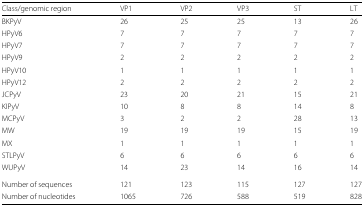
| Class/genomic region | VP1 | VP2 | VP3 | ST | LT |
 | --- | --- | --- | --- | --- | --- |
 | BKPyV | 26 | 25 | 25 | 13 | 26 |
 | HPyV6 | 7 | 7 | 7 | 7 | 7 |
 | HPyV7 | 7 | 7 | 7 | 7 | 7 |
 | HPyV9 | 2 | 2 | 2 | 2 | 2 |
 | HPyV10 | 1 | 1 | 1 | 1 | 1 |
 | HPyV12 | 2 | 2 | 2 | 2 | 2 |
 | JCPyV | 23 | 20 | 21 | 15 | 21 |
 | KIPyV | 10 | 8 | 8 | 14 | 8 |
 | MCPyV | 3 | 2 | 2 | 28 | 13 |
 | MW | 19 | 19 | 19 | 15 | 19 |
 | MX | 1 | 1 | 1 | 1 | 1 |
 | STLPyV | 6 | 6 | 6 | 6 | 6 |
 | WUPyV | 14 | 23 | 14 | 16 | 14 |
 | Number of sequences | 121 | 123 | 115 | 127 | 127 |
 | Number of nucleotides | 1065 | 726 | 588 | 519 | 828 |